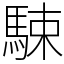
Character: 駷